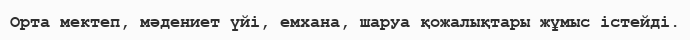
Орта мектеп, мәдениет үйі, емхана, шаруа қожалықтары жұмыс істейді.